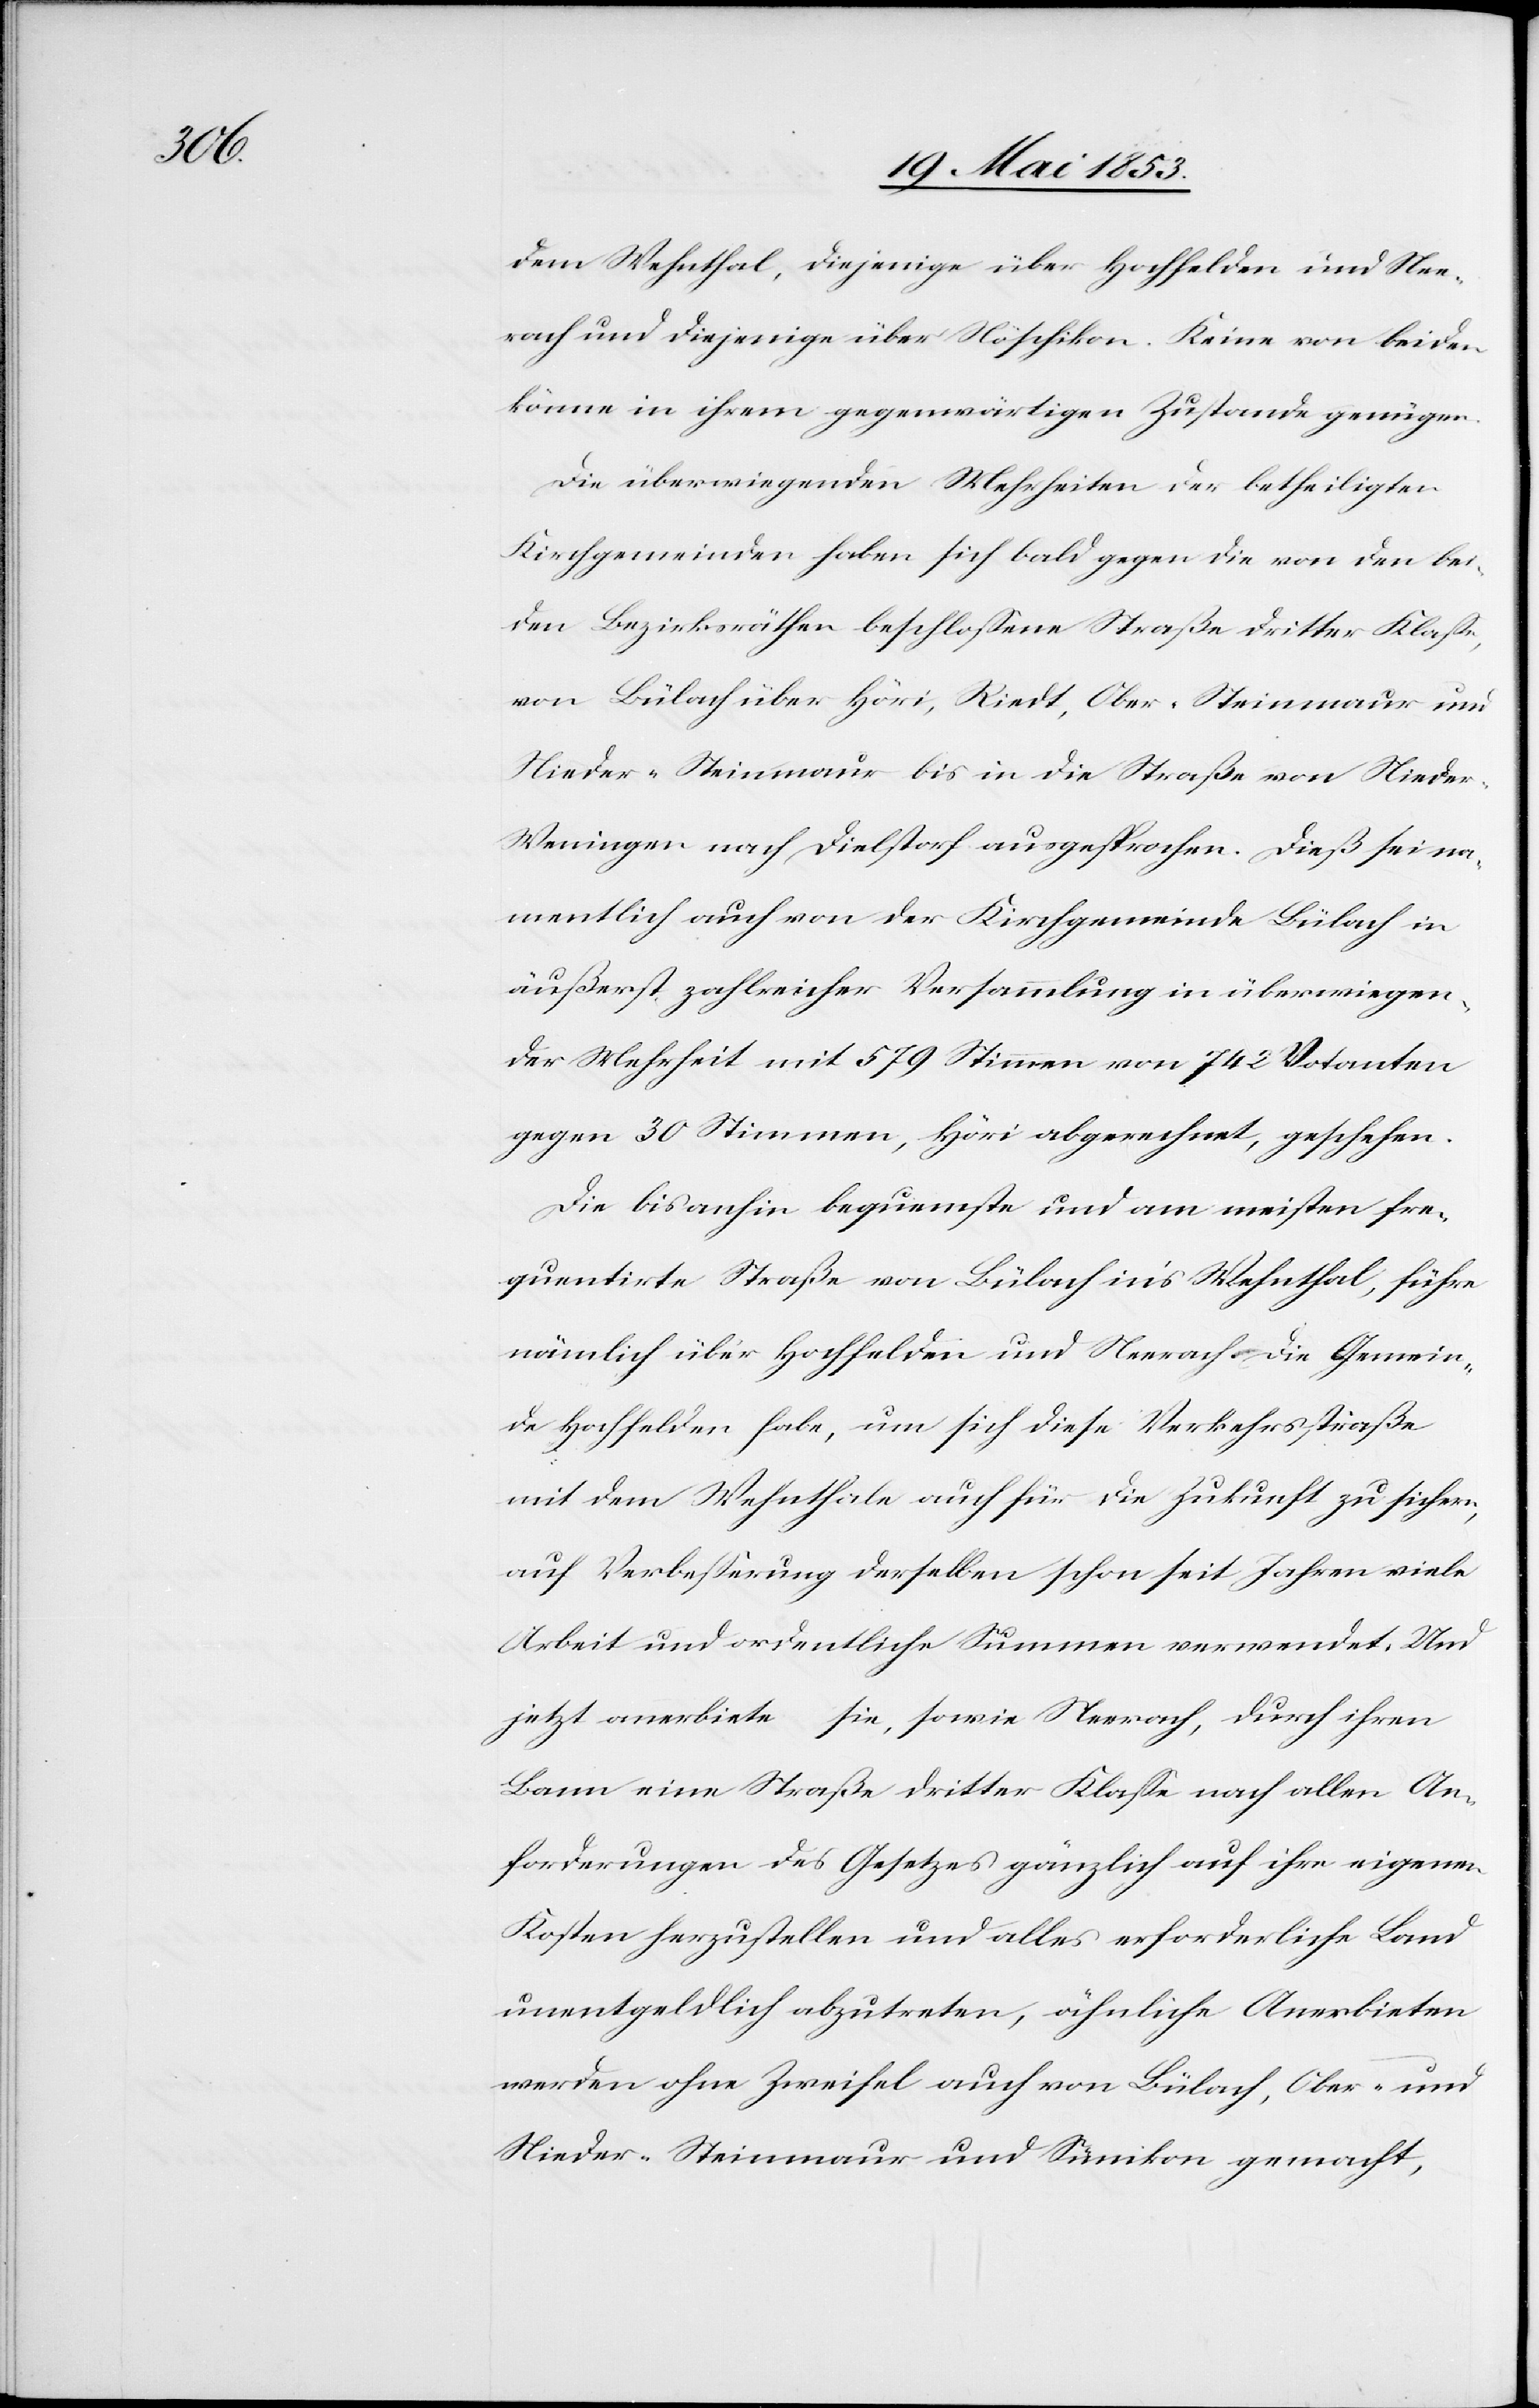
dem Wehnthal, diejenige über Hoffelden und Nee¬
rach und diejenige über Höschikon. Keine von beiden
könne in ihrem gegenwärtigen Zustande genügen.
Die überwiegenden Mehrheiten der betheiligten
Kirchgemeinden haben sich bald gegen die von bei¬
den Bezirksräthen beschloßene Straße dritter Klaße,
von Bülach über Höri, Riedt, Ober-Steinmaur und
Nieder-Steinmaur bis in die Straße von Niede¬
r-Weningen nach Dielstorf ausgesprochen. Dieß sei na¬
mentlich auch von der Kirchgemeinde Bülach in
äußerst zahlreicher Versammlung in überwiegen¬
der Mehrheit mit 579 Stimmen von 742 Votanten
gegen 30 Stimmen, Höri abgerechnet, geschehen.
Die bisanhin bequemste und am meisten fre¬
quentirte Straße von Bülach in’s Wehnthal, führe
nämlich über Hochfelden und Neerach. Die Gemein¬
de Hochfelden habe, um sich diese Verkehrsstraße
mit dem Wehnthale auch für die Zukunft zu sichern,
auf Verbeßerung derselben schon seit Jahren viele
Arbeit und ordentliche Summen verwendet. Und
jetzt anerbiete sie, sowie Neerach, durch ihren
Bann eine Straße dritter Klaße nach allen An¬
forderungen des Gesetzes gänzlich auf ihre eigenen
Kosten herzustellen und alles erforderliche Land
unentgeldlich abzutreten, ähnliche Anerbieten
werden ohne Zweifel auch von Bülach, Ober- und
Nieder-Steinmaur und Sümikon gemacht,